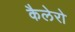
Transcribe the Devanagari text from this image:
कैलेरो